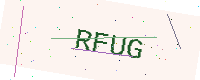
Text: RFUG